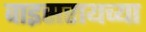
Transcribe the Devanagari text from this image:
वाइसरायच्या